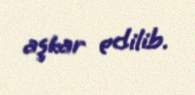
aşkar edilib.